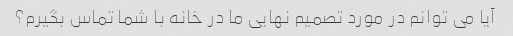
آیا می توانم در مورد تصمیم نهایی ما در خانه با شما تماس بگیرم؟